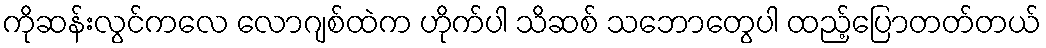
ကိုဆန်းလွင်ကလေ လောဂျစ်ထဲက ဟိုက်ပါ သိဆစ် သဘောတွေပါ ထည့်ပြောတတ်တယ်